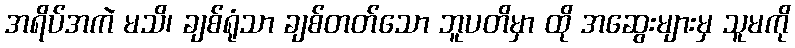
အရိပ်အကဲ မသိ၊ ချစ်ရုံသာ ချစ်တတ်သော ဘူပတိမှာ ထို အဆွေးများမှ သူမကို